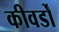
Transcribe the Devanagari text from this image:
कीवर्डों